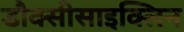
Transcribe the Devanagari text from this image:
डौक्सीसाइक्लिन